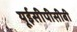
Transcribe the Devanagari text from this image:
यूईसीपीसीबी